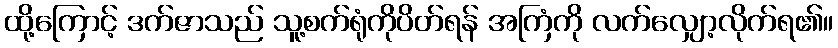
ထို့ကြောင့် ဒက်ဇာသည် သူ့စက်ရုံကိုပိတ်ရန် အကြံကို လက်လျှော့လိုက်ရ၏။